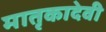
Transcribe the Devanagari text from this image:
मातृकादेवी